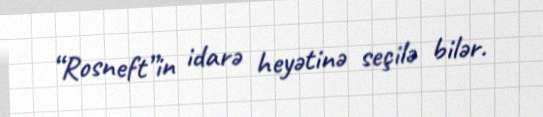
“Rosneft”in idarə heyətinə seçilə bilər.